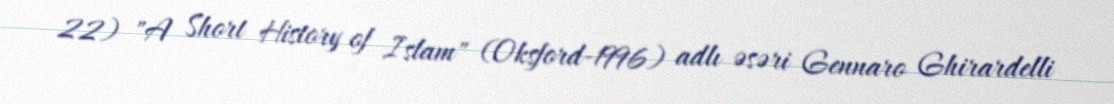
22) "A Short History of Islam" (Oksford-1996) adlı əsəri Gennaro Ghirardelli